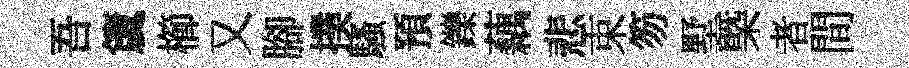
吾𥵂櫛又腳撲騷預鑠藕悲束笏墅㮣者間